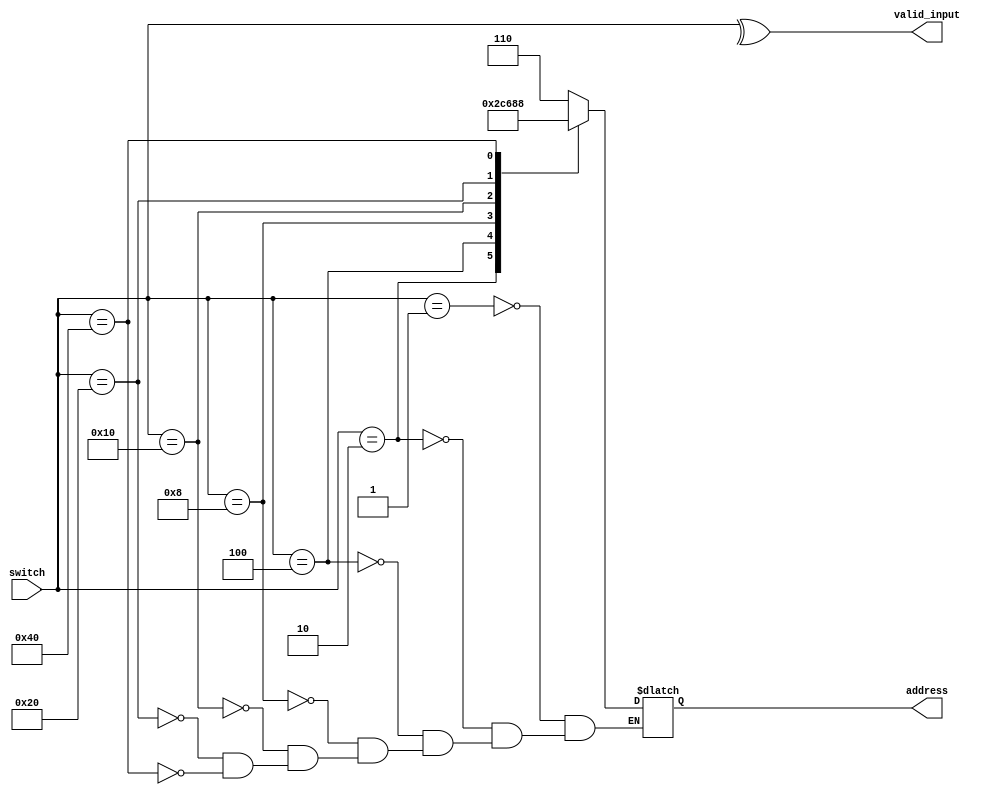
// modelsim testing complete
module switchdecoder(
    input [6:0] switch, // take a one-hot encoding and produce a col number
    output reg [2:0] address,
    output valid_input);
    
    
    assign valid_input = ^ switch;
    always @(*) begin
        case (switch)
            7'b0000001: address = 3'd6;
            7'b0000010: address = 3'd5;
            7'b0000100: address = 3'd4;
            7'b0001000: address = 3'd3;
            7'b0010000: address = 3'd2;
            7'b0100000: address = 3'd1;
            7'b1000000: address = 3'd0;
            // should not need default
        endcase
    end
endmodule